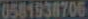
0581938706